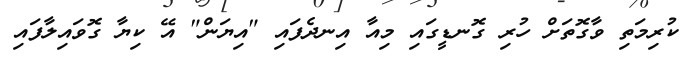
ކުރިމަތި ވާގޮތަށް ހުރި ގޮނޑީގައި މިއާ އިނދެފައި "އިޔަން" އޭ ކިޔާ ގޮވައިލާފައި